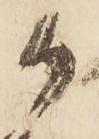
御